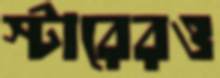
স্টারেরও